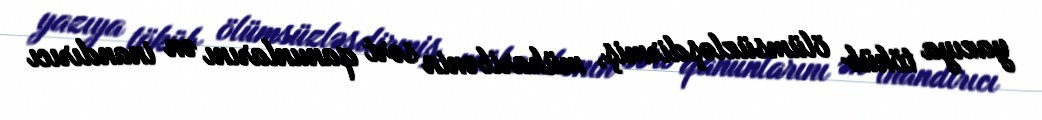
yazıya töküb ölümsüzləşdirmiş, müharibənin sərt qanunlarını ən inandırıcı